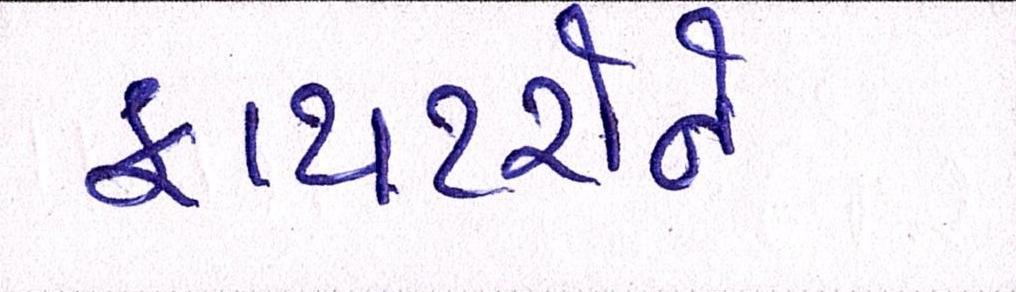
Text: ફાયટરોને